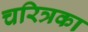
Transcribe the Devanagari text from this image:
चरित्रका